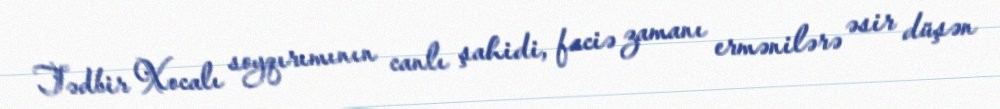
Tədbir Xocalı soyqırımının canlı şahidi, faciə zamanı ermənilərə əsir düşən